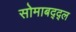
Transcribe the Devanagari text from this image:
सोमाबद्द्ल